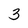
Character: 3